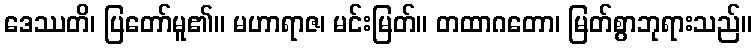
ဒေဿတိ၊ ပြတော်မူ၏။ မဟာရာဇ၊ မင်းမြတ်။ တထာဂတော၊ မြတ်စွာဘုရားသည်။